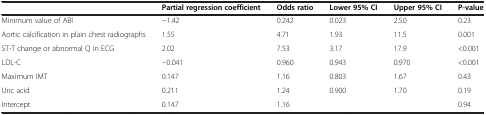
<table><thead><tr><td><b> </b></td><td><b>Partial regression coefficient</b></td><td><b>Odds ratio</b></td><td><b>Lower 95% CI</b></td><td><b>Upper 95% CI</b></td><td><b>P-value</b></td></tr></thead><tbody><tr><td>Minimum value of ABI</td><td>−1.42</td><td>0.242</td><td>0.023</td><td>2.50</td><td>0.23</td></tr><tr><td>Aortic calcification in plain chest radiographs</td><td>1.55</td><td>4.71</td><td>1.93</td><td>11.5</td><td>0.001</td></tr><tr><td>ST-T change or abnormal Q in ECG</td><td>2.02</td><td>7.53</td><td>3.17</td><td>17.9</td><td>&lt;0.001</td></tr><tr><td>LDL-C</td><td>−0.041</td><td>0.960</td><td>0.943</td><td>0.970</td><td>&lt;0.001</td></tr><tr><td>Maximum IMT</td><td>0.147</td><td>1.16</td><td>0.803</td><td>1.67</td><td>0.43</td></tr><tr><td>Uric acid</td><td>0.211</td><td>1.24</td><td>0.900</td><td>1.70</td><td>0.19</td></tr><tr><td>Intercept</td><td>0.147</td><td>1.16</td><td> </td><td> </td><td>0.94</td></tr></tbody></table>